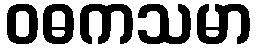
ဝဓကသမာ